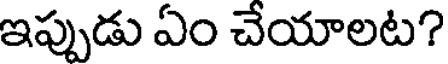
ఇప్పుడు ఏం చేయాలట?